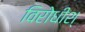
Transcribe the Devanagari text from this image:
विरोधीश्